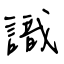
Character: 識